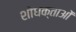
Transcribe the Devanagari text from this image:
शोधक्ताओं